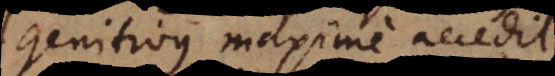
genitivus maxime accedit